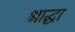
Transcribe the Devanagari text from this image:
श्राद्धा